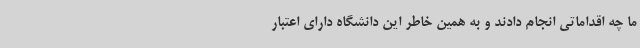
ما چه اقداماتی انجام دادند و به همین خاطر این دانشگاه دارای اعتبار